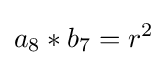
a_{8}*b_{7}=r^{2}